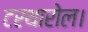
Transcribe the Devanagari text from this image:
टरथारोल।